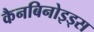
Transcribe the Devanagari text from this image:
कैनबिनोइड्स